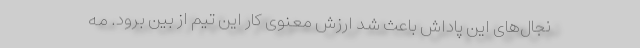
نجال‌های این پاداش باعث شد ارزش معنوی کار این تیم از بین برود. مه